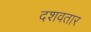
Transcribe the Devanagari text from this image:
दशवतार